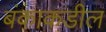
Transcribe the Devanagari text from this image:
बंकाकडील